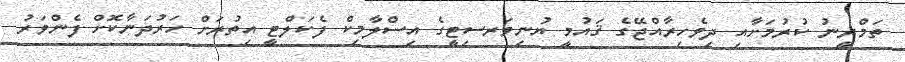
ތަމްރީނު ކުރުމަށާއި ދިވެހިރާއްޖޭގެ ޤައުމީ ޔުނިވަރސިޓީގެ އިސްލާމިކް ފެކަލްޓީ އިތުރަށް ހަރުދަނާކޮށް ފެންވަރު